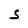
Character: S